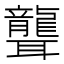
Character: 聾